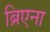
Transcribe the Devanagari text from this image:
ब्रिएना